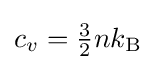
c_{v}={\tfrac {3}{2}}nk_{\rm {B}}